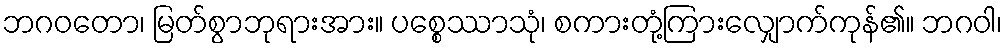
ဘဂဝတော၊ မြတ်စွာဘုရားအား။ ပစ္စေဿာသုံ၊ စကားတုံ့ကြားလျှောက်ကုန်၏။ ဘဂဝါ၊